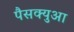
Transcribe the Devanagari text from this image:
पैसक्युआ